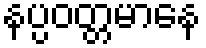
နပ္ပဝတ္တမာနေ